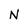
Character: N